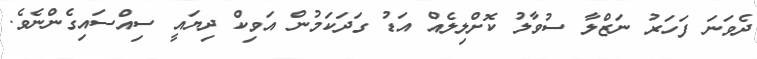
ދެވަނަ ފަހަރު ނަޒްލާ ސުވާލު ކޮށްލިލެއް އަޑު ގަދަކަމުން އަވިކް ދިޔައީ ސިއްސައިގެންނެވެ.